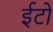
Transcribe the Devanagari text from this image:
ईटोंं